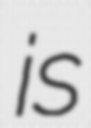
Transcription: is